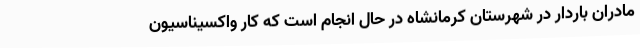
مادران باردار در شهرستان کرمانشاه در حال انجام است که کار واکسیناسیون